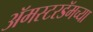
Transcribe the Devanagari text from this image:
अॅमस्टरडॅमच्या